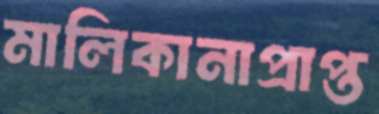
মালিকানাপ্রাপ্ত